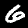
Label: 6